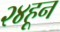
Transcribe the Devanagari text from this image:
२४हून